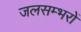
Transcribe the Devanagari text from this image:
जलसम्भरों